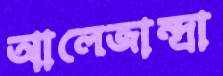
আলেজান্দ্রা